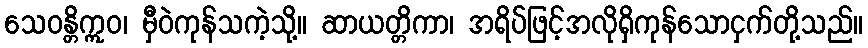
သေဝန္တိဣဝ၊ မှီဝဲကုန်သကဲ့သို့။ ဆာယတ္တိကာ၊ အရိပ်ဖြင့်အလိုရှိကုန်သောငှက်တို့သည်။